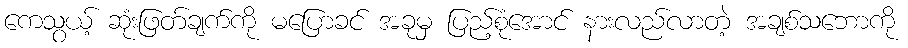
ကေသွယ့် ဆုံးဖြတ်ချက်ကို မပြောခင် အခုမှ ပြည့်စုံအောင် နားလည်လာတဲ့ အချစ်သဘောကို